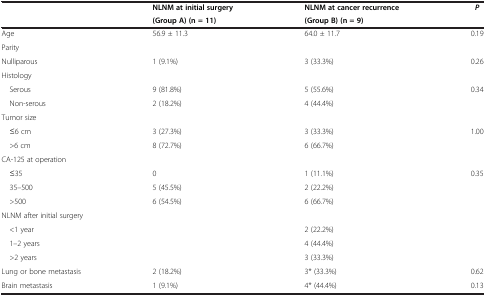
| <ROWSPAN=2>  | NLNM at initial surgery | NLNM at cancer recurrence | <ROWSPAN=2> P |
 | (Group A) (n = 11) | (Group B) (n = 9) |
 | --- | --- | --- | --- |
 | Age | 56.9 ± 11.3 | 64.0 ± 11.7 | 0.19 |
 | Parity |  |  |  |
 | Nulliparous | 1 (9.1%) | 3 (33.3%) | 0.26 |
 | Histology |  |  |  |
 | Serous | 9 (81.8%) | 5 (55.6%) | <ROWSPAN=2> 0.34 |
 | Non-serous | 2 (18.2%) | 4 (44.4%) |
 | Tumor size |  |  |  |
 | ≤6 cm | 3 (27.3%) | 3 (33.3%) | <ROWSPAN=2> 1.00 |
 | >6 cm | 8 (72.7%) | 6 (66.7%) |
 | CA-125 at operation |  |  |  |
 | ≤35 | 0 | 1 (11.1%) | <ROWSPAN=3> 0.35 |
 | 35–500 | 5 (45.5%) | 2 (22.2%) |
 | >500 | 6 (54.5%) | 6 (66.7%) |
 | <COLSPAN=4> NLNM after initial surgery |
 | <1 year | <ROWSPAN=3>  | 2 (22.2%) | <ROWSPAN=3>  |
 | 1–2 years | 4 (44.4%) |
 | >2 years | 3 (33.3%) |
 | Lung or bone metastasis | 2 (18.2%) | 3* (33.3%) | 0.62 |
 | Brain metastasis | 1 (9.1%) | 4* (44.4%) | 0.13 |